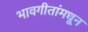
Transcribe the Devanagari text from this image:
भावगीतांमधून